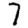
Digit: 7